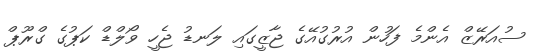
ސުއަރޭޒް އެންމެ ފަހުން އުރުގުއޭގެ ޖާޒީގައި ލަނޑު ޖެހީ ވޯލްޑް ކަޕުގެ ގްރޫޕް